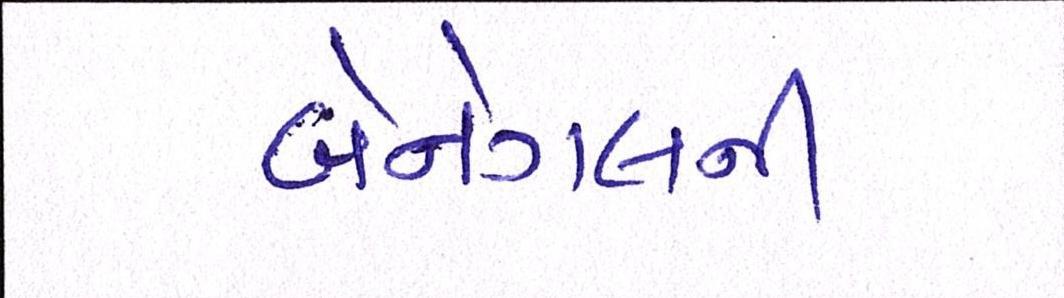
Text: બેનેગલની